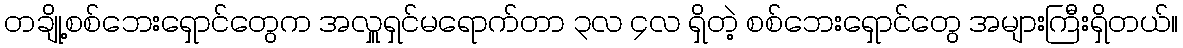
တချို့စစ်ဘေးရှောင်တွေက အလှူရှင်မရောက်တာ ၃လ ၄လ ရှိတဲ့ စစ်ဘေးရှောင်တွေ အများကြီးရှိတယ်။